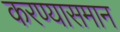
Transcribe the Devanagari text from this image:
करण्यासमान